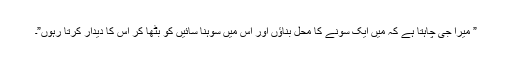
” میرا جی چاہتا ہے کہ میں ایک سونے کا محل بناؤں اور اس میں سوہنا سائیںؒ کو بٹھا کر اس کا دیدار کرتا رہوں”۔